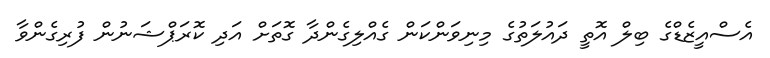
އެސްއީޒެޑްގެ ބިލް އޮތީ ދައުލަތުގެ މިނިވަންކަން ގެއްލިގެންދާ ގޮތަށް އަދި ކޮރަޕްޝަނުން ފުރިގެންވާ